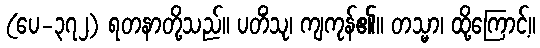
(ပေ-၃၇၂) ရတနာတို့သည်။ ပတိံသု၊ ကျကုန်၏။ တသ္မာ၊ ထို့ကြောင့်။